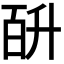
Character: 𭽎